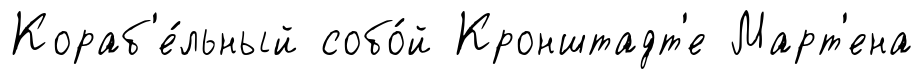
Кораб'е́льный собо́й Кронштадт'е Март'ена